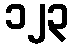
၁၂၃